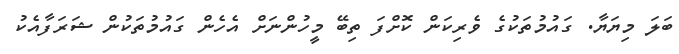
ބަލަ މިޔަޔާ. ގައުމުތަކުގެ ވެރިކަން ކޮށްފަ ތިބޭ މީހުންނަށް އެހެން ގައުމުތަކުން ޝަރަފާއެކު